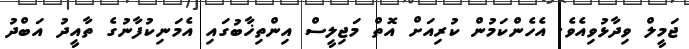
ޖަމީލް ވިދާޅުވިއެވެ. އެހެންކަމުން ކުރިއަށް އޮތް މަޖިލީސް އިންތިޚާބުގައި އެމަނިކުފާނުގެ ތާއީދު އަބްދު